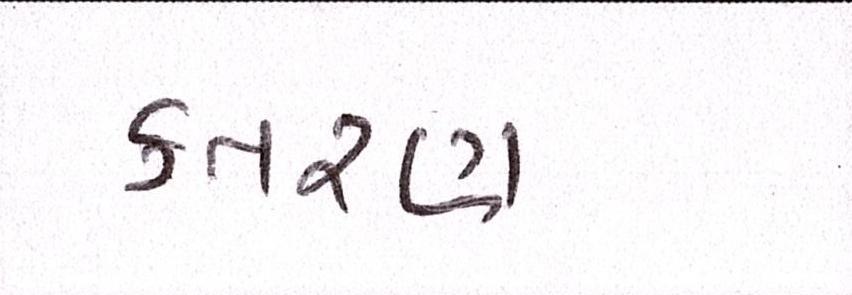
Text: કતરણ